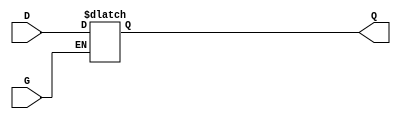
module async_gated_latch (
    input wire D,      // Data Input
    input wire G,      // Gate/Enable Signal
    output reg Q       // Stored Output
);

// Always block that is sensitive to changes in G or D
always @(*) begin
    if (G) begin
        Q = D;        // When G is high, output follows input D
    end
    // When G is low, Q retains its previous value (no assignment needed)
end

endmodule